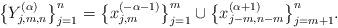
LaTeX: \begin{gather*}\big\{Y^{(\alpha)}_{j,m,n}\big\}_{j=1}^n=\big\{x_{j,m}^{(-\alpha-1)}\big\}_{j=1}^m \cup\big\{x_{j-m,n-m}^{(\alpha+1)}\big\}_{j=m+1}^{n}.\end{gather*}